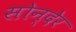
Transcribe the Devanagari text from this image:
सोन्देर